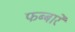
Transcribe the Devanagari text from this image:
फब्बारे